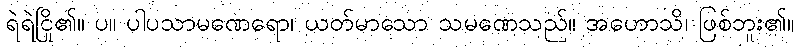
ရဲရဲငြိ၏။ ပ။ ပါပသာမဏေရော၊ ယုတ်မာသော သမဏေသည်။ အဟောသိ၊ ဖြစ်ဘူး၏။